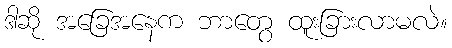
ဒါဆို အခြေအနေက ဘာတွေ ထူးခြားလာမလဲ။